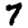
Digit: 7